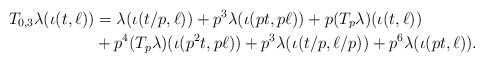
\begin{align*}T_{0,3} \lambda(\iota(t,\ell)) &=\lambda(\iota(t/p,\ell)) + p^3\lambda(\iota(pt,p\ell)) + p(T_p\lambda)(\iota(t,\ell))\\ & + p^4(T_p\lambda)(\iota(p^2t,p\ell))+ p^3\lambda(\iota(t/p,\ell/p)) + p^6\lambda(\iota(pt,\ell)).\end{align*}